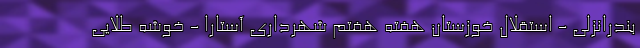
بندرانزلی - استقلال خوزستان هفته هفتم شهرداری آستارا - خوشه طلایی